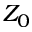
Z _ { 0 }